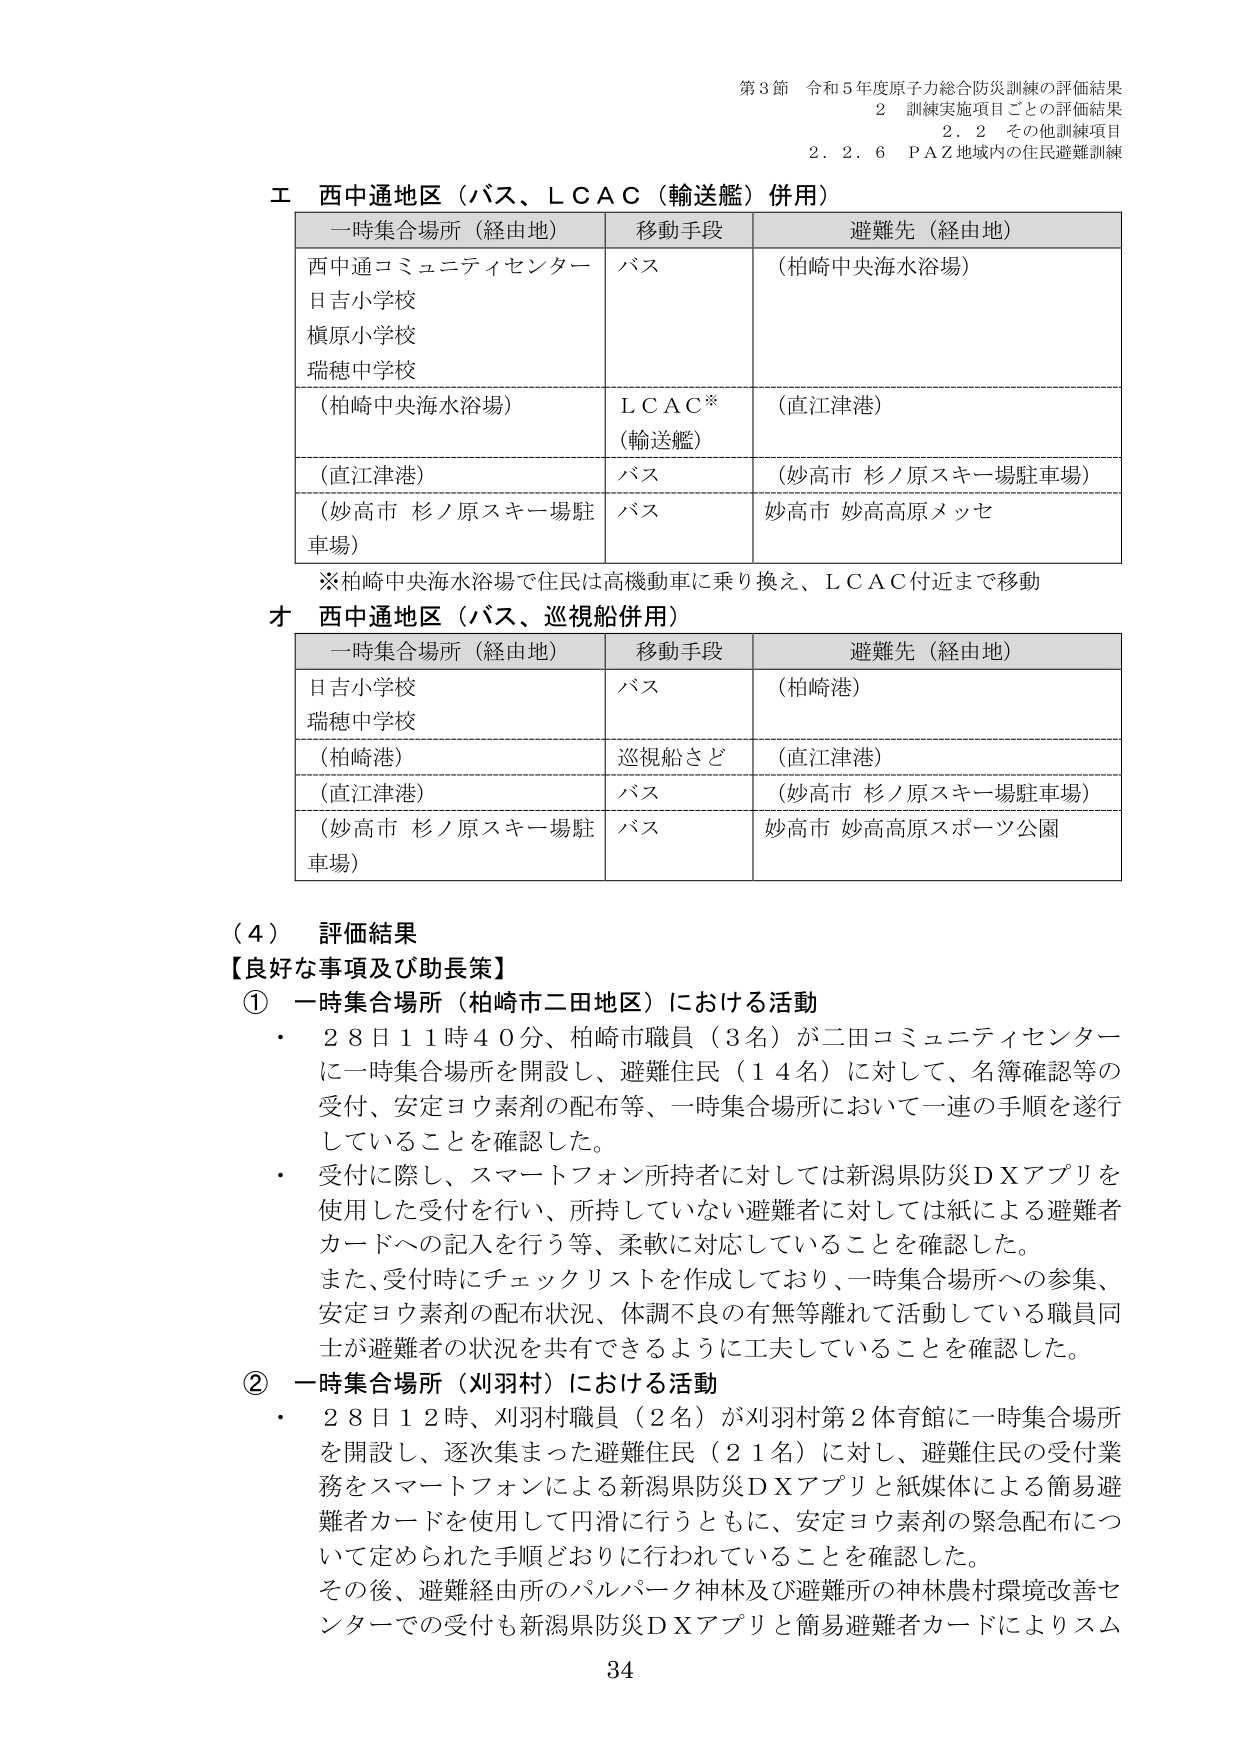
第3節 令和5年度原子力総合防災訓練の評価結果
2 訓練実施項目ごとの評価結果
2.2 その他訓練項目
2.2.6 P A Z地域内の住民避難訓練

エ 西中通地区（バス、ＬＣＡＣ（輸送艦）併用）
一時集合場所（経由地） 移動手段 避難先（経由地）
西中通コミュニティセンター バス （柏崎中央海水浴場）
日吉小学校
槇原小学校
瑞穂中学校
（柏崎中央海水浴場） ＬＣＡＣ* （直江津港）
（輸送艦）
（直江津港） バス （妙高市 杉ノ原スキー場駐車場）
（妙高市 杉ノ原スキー場駐車場） バス 妙高市 妙高高原メッセ

※柏崎中央海水浴場で住民は高機動車に乗り換え、ＬＣＡＣ付近まで移動

オ 西中通地区（バス、巡視船併用）
一時集合場所（経由地） 移動手段 避難先（経由地）
日吉小学校 バス （柏崎港）
瑞穂中学校
（柏崎港） 巡視船さど （直江津港）
（直江津港） バス （妙高市 杉ノ原スキー場駐車場）
（妙高市 杉ノ原スキー場駐車場） バス 妙高市 妙高高原スポーツ公園

（4） 評価結果
【良好な事項及び助長策】
① 一時集合場所（柏崎市二田地区）における活動
・ 28日11時40分、柏崎市職員（3名）が二田コミュニティセンターに一時集合場所を開設し、避難住民（14名）に対して、名簿確認等の受付、安定ヨウ素剤の配布等、一時集合場所において一連の手順を遂行していることを確認した。
・ 受付に際し、スマートフォン所持者に対しては新潟県防災ＤＸアプリを使用した受付を行い、所持していない避難者に対しては紙による避難者カードへの記入を行う等、柔軟に対応していることを確認した。
また、受付時にチェックリストを作成しており、一時集合場所への参集、安定ヨウ素剤の配布状況、体調不良の有無等離れて活動している職員同士が避難者の状況を共有できるように工夫していることを確認した。
② 一時集合場所（刈羽村）における活動
・ 28日12時、刈羽村職員（2名）が刈羽村第2体育館に一時集合場所を開設し、逐次集まった避難住民（21名）に対し、避難住民の受付業務をスマートフォンによる新潟県防災ＤＸアプリと紙媒体による簡易避難者カードを使用して円滑に行うとともに、安定ヨウ素剤の緊急配布について定められた手順どおりに行われていることを確認した。
その後、避難経由所のパルパーク神林及び避難所の神林農村環境改善センターでの受付も新潟県防災ＤＸアプリと簡易避難者カードによりスム

34